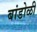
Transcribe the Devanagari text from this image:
बांडोळी